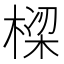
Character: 𬃩